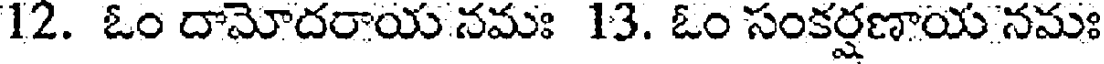
12. ఓం దామోదరాయ నమః 13. ఓం సంకర్షణాయ నమః